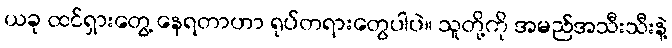
ယခု ထင်ရှားတွေ့ နေရတာဟာ ရုပ်တရားတွေပါပဲ။ သူတို့ကို အမည်အသီးသီးနဲ့